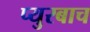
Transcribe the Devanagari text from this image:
प्युरबाच